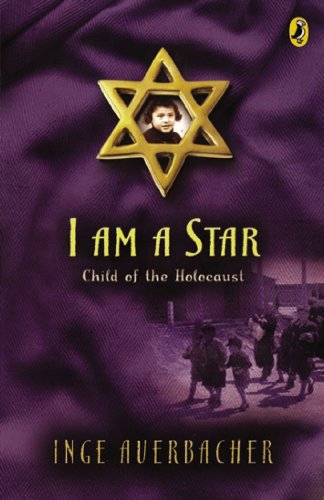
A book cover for I Am a Star: Child of the Holocaust; Inge Auerbacher; Children's Books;